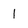
Character: l